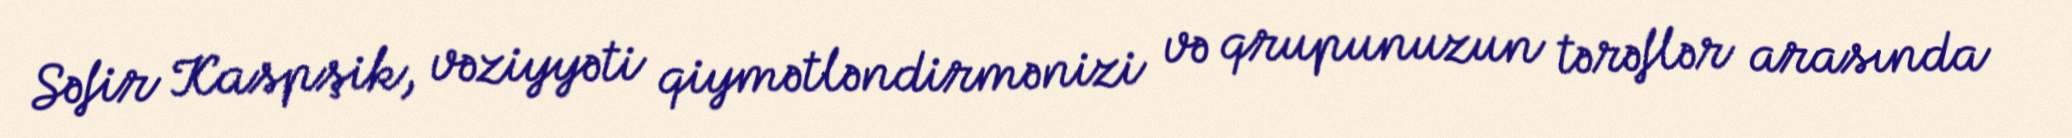
Səfir Kaspşik, vəziyyəti qiymətləndirmənizi və qrupunuzun tərəflər arasında